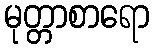
မုတ္တာစာရော